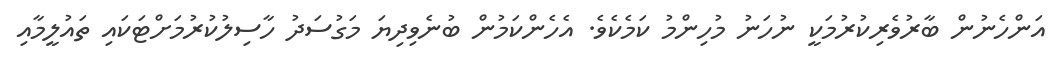
އަންހެނުން ބާރުވެރިކުރުމަކީ ނުހަނު މުހިންމު ކަމެކެވެ. އެހެންކަމުން ބުނެވިދިޔަ މަގުސަދު ހާސިލުކުރުމަށްޓަކައި ތައުލީމާއި